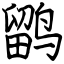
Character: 鹠